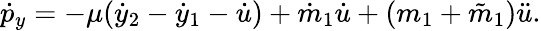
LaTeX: \dot{p}_{y}=-\mu(\dot{y}_{2}-\dot{y}_{1}-\dot{u})+\dot{m}_{1}\dot{u}+(m_{1}+\tilde{m}_{1})\ddot{u}.